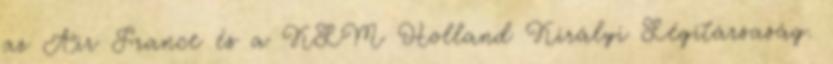
az Air France és a KLM Holland Királyi Légitársaság.